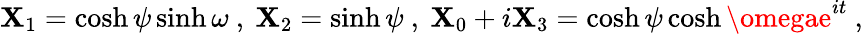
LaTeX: \mathbf{X}_{1}=\cosh\psi\sinh\omega~,~\mathbf{X}_{2}=\sinh\psi~,~\mathbf{X}_{0}+i\mathbf{X}_{3}=\cosh\psi\cosh\omegae^{it}~,